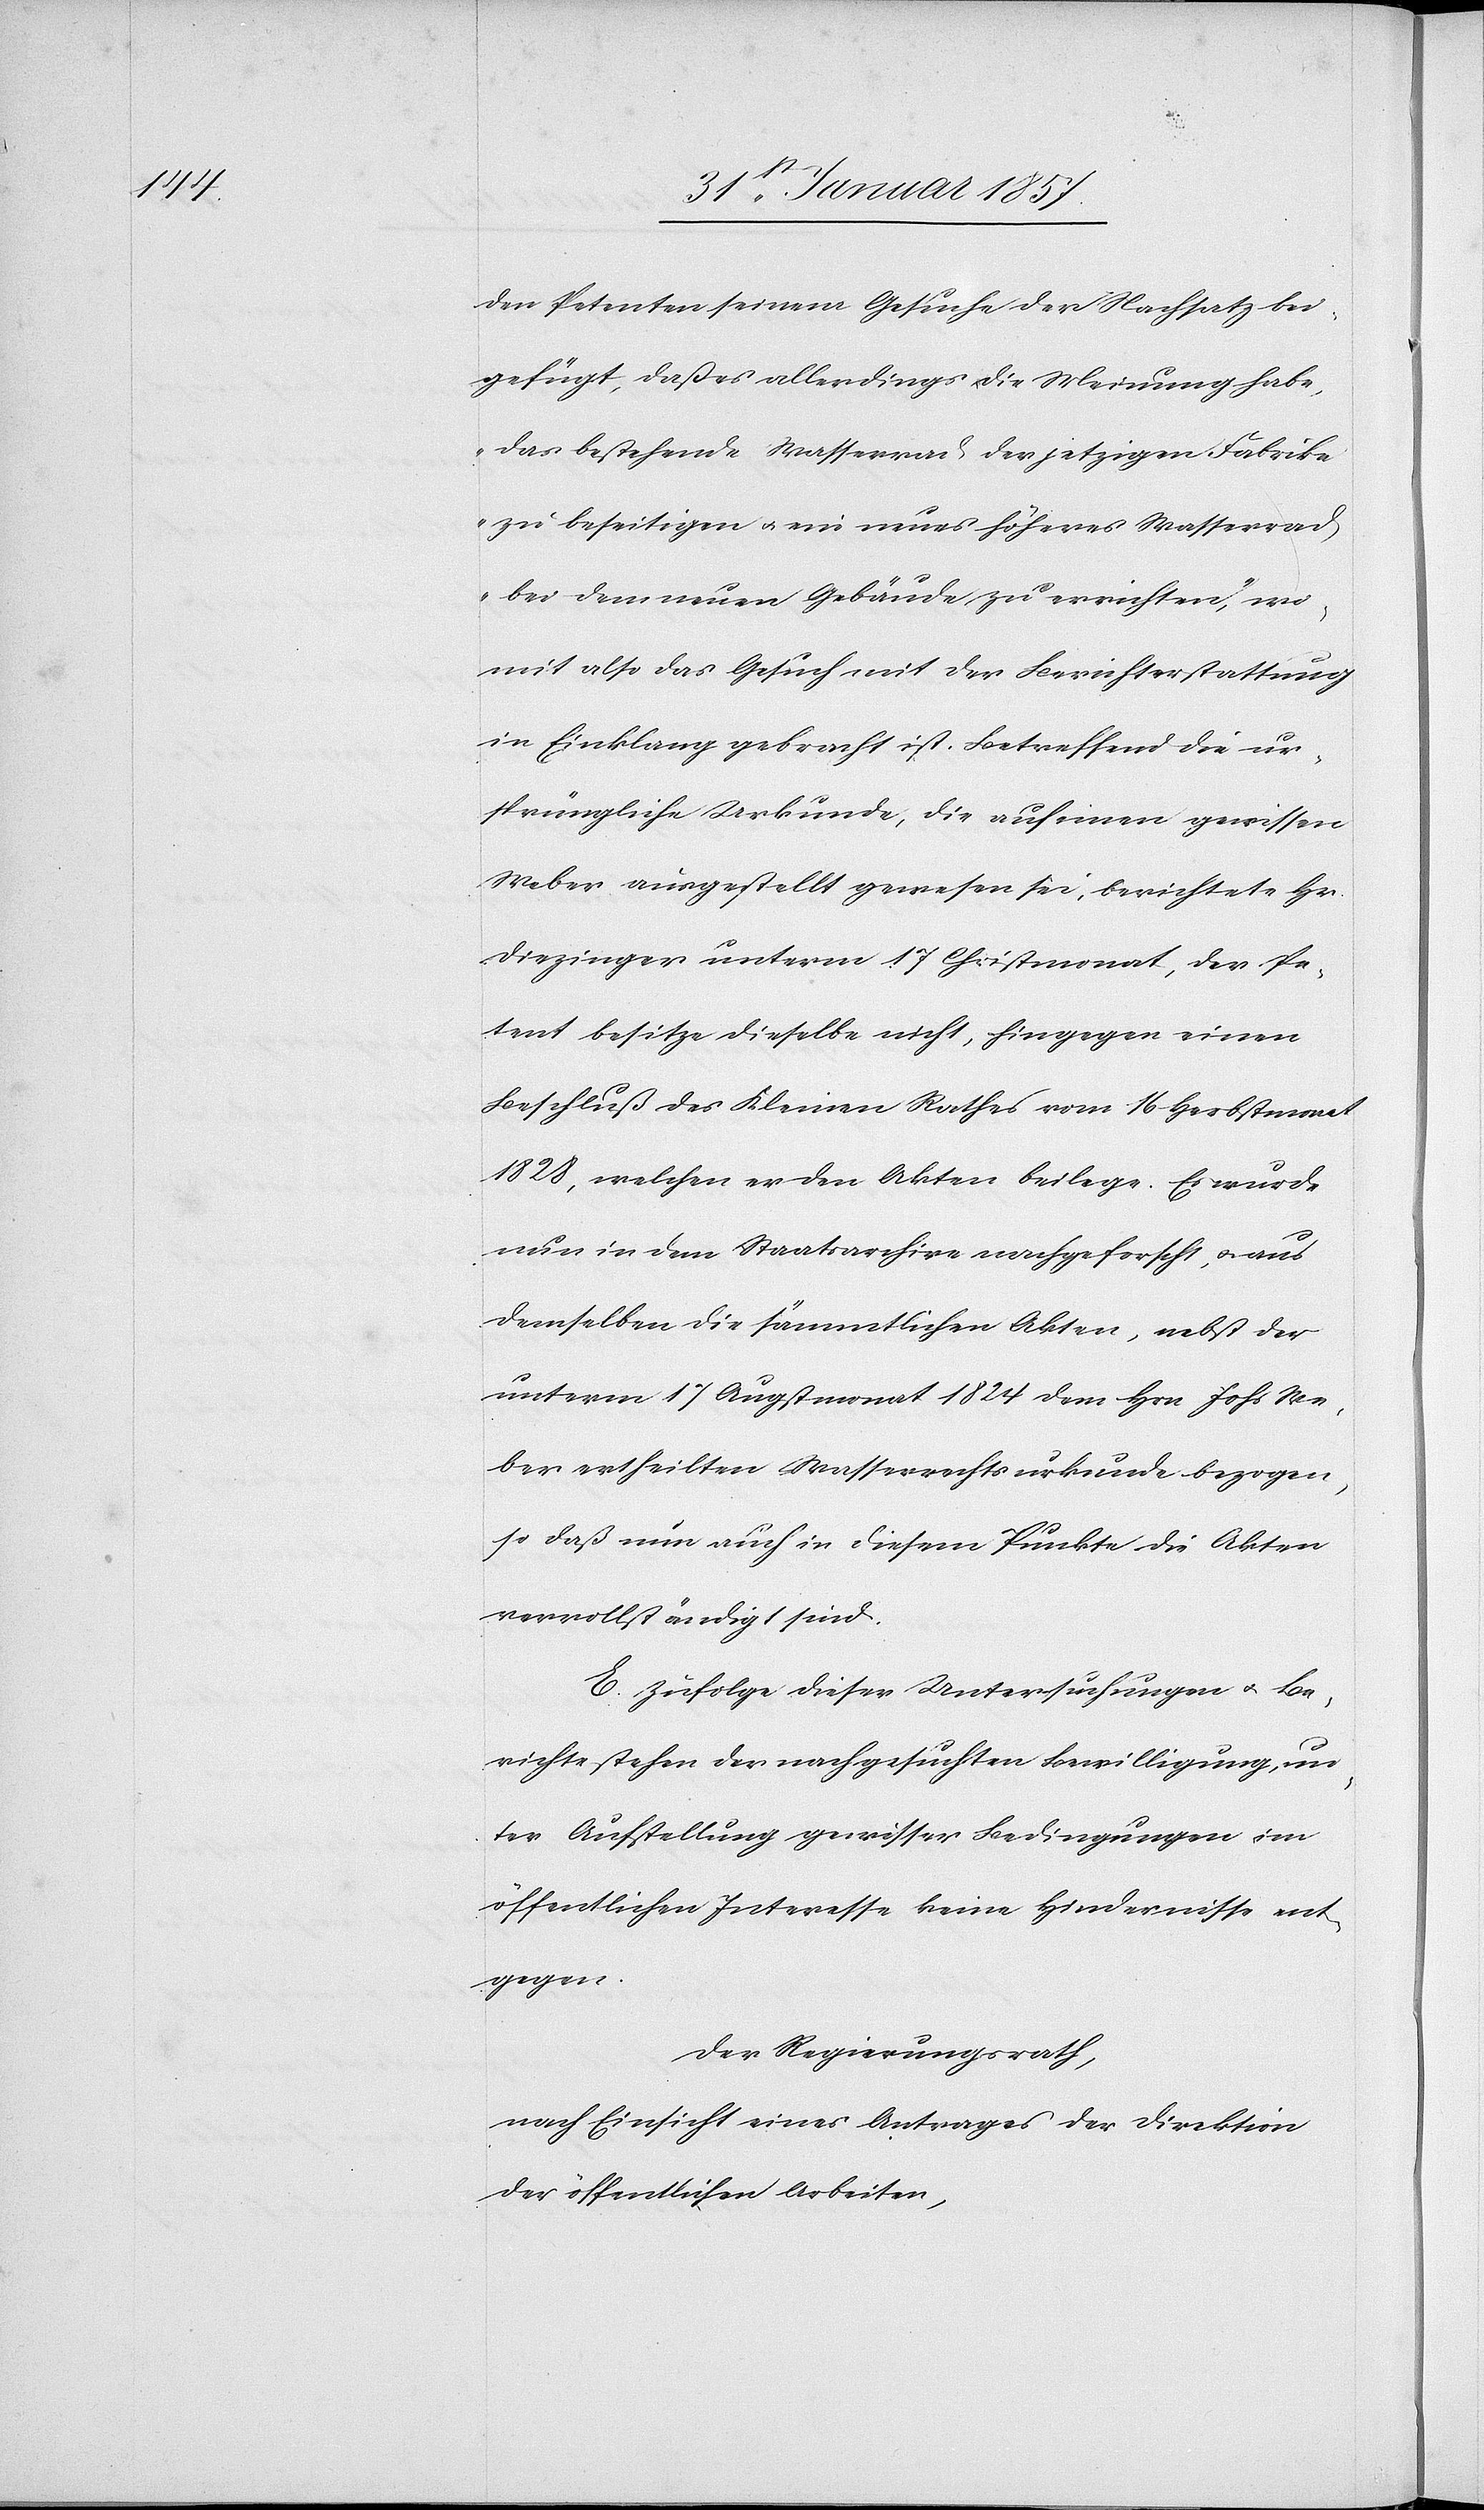
den Petenten seinem Gesuche der Nachsatz bei¬
gefügt, daß es allerdings die Meinung habe,
„das bestehende Wasserrad der jetzigen Fabrike
zu beseitigen u. ein neues höheres Wasserrad
bei dem neuen Gebäude zu errichten, wo¬
mit also das Gesuch mit der Berichterstattung
in Einklang gebracht ist. Betreffend die ur¬
sprüngliche Urkunde, die auf einen gewissen
Weber ausgestellt gewesen sei, berichtete Hr.
Diezinger unterm 17 Christmonat, der Pe¬
tent besitze dieselbe nicht, hingegen einen
Beschluß des kleinen Rathes vom 16 Herbstmonat
1828, welchen er den Akten beilege. Es wurde
nun in dem Staatsarchive nachgeforscht, u. aus
demselben die sämmtlichen Akten, nebst der
unterm 17 Augustmonat 1824 dem Hrn Johs We¬
ber ertheilten Wasserrechtsurkunde bezogen,
so daß nun auch in diesem Punkte die Akten
vervollständigt sind.
E. Zufolge dieser Untersuchungen u. Be¬
richte stehen der nachgesuchten Bewilligung un¬
ter Aufstellung gewisser Bedingungen im
öffentlichen Interesses keine Hindernisse ent¬
gegen.
Der Regierungsrath,
nach Einsicht eines Antrages der Direktion
der öffentlichen Arbeiten,